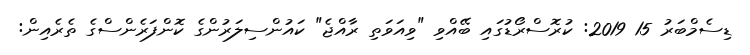
ޑިސެމްބަރު 15 2019: ކުރޮސްރޯޑުގައި ބޭއްވި "ވިއަވަތި ރާއްޖެ" ކައުންސިލަރުންގެ ކޮންފަރެންސްގެ ތެރެއިން: